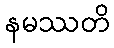
နမဿတိ